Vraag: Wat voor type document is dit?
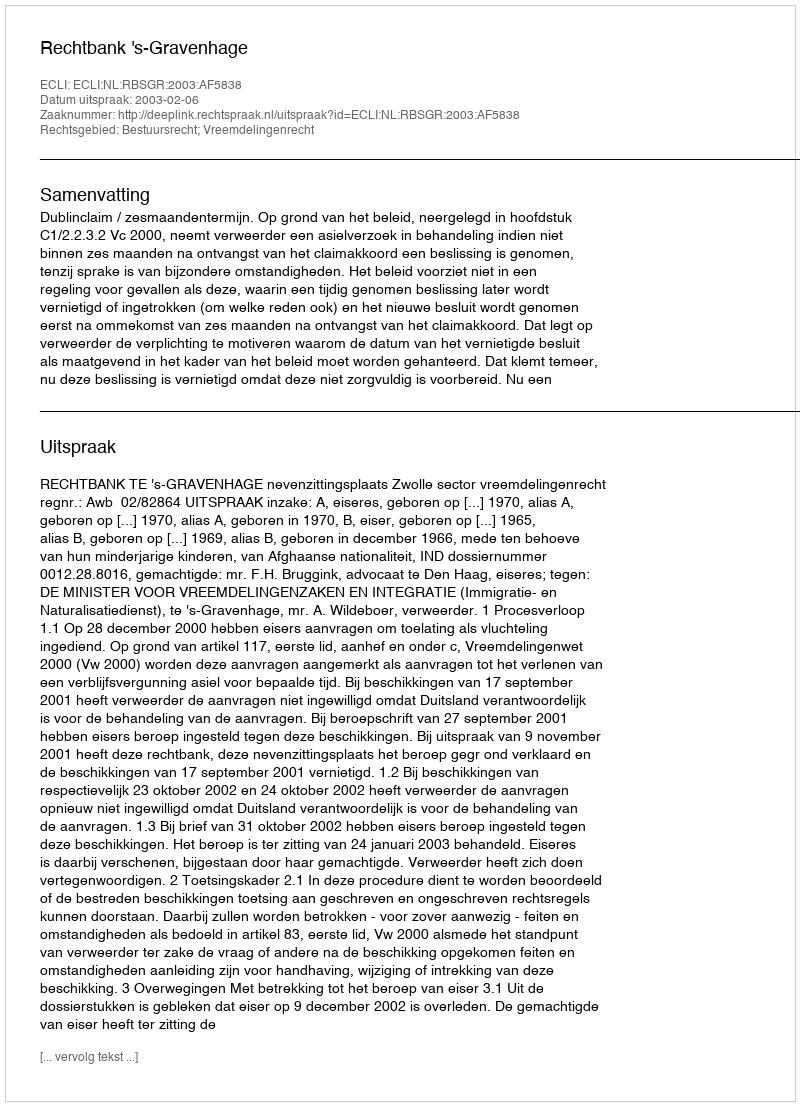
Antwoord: Uitspraak